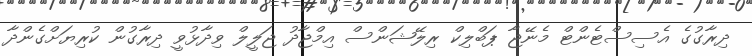
ދިރާގުގެ އެސިސްޓެންޓް މެނޭޖާ ޕަބްލިކް ރިލޭޝަންސް އިމްޖާދު ޖަލީލް ވިދާޅުވީ ދިރާގުން ކުރިޔަށްގެންދާ